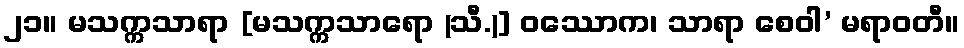
၂၁။ မသက္ကသာရာ [မသက္ကသာရော (သီ.)] ဝဿောက၊ သာရာ စေဝါ’ မရာဝတီ။